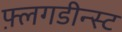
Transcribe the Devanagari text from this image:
फ़्लगडीन्स्ट